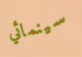
سينمائي